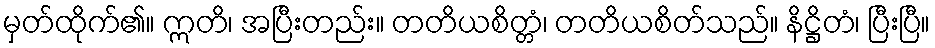
မှတ်ထိုက်၏။ ဣတိ၊ အပြီးတည်း။ တတိယစိတ္တံ၊ တတိယစိတ်သည်။ နိဋ္ဌိတံ၊ ပြီးပြီ။